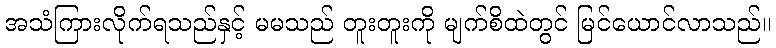
အသံကြားလိုက်ရသည်နှင့် မမသည် တူးတူးကို မျက်စိထဲတွင် မြင်ယောင်လာသည်။